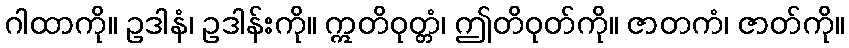
ဂါထာကို။ ဥဒါနံ၊ ဥဒါန်းကို။ ဣတိဝုတ္တံ၊ ဤတိဝုတ်ကို။ ဇာတကံ၊ ဇာတ်ကို။